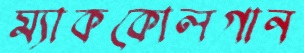
ম্যাককোলগান